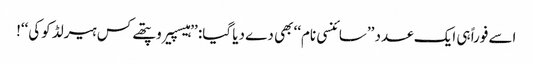
اسے فوراً ہی ایک عدد ’’سائنسی نام‘‘ بھی دے دیا گیا: ’’ہیسپیروپتھے کس ہیرلڈ کوکی‘‘!